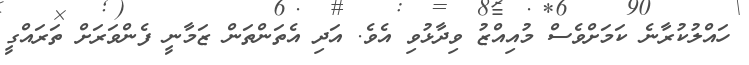
ހައްލުކުރާނެ ކަމަށްވެސް މުއިއްޒު ވިދާޅުވި އެވެ. އަދި އެތަންތަން ޒަމާނީ ފެންވަރަށް ތަރައްގީ